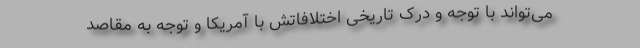
می‌تواند با توجه و درک تاریخی اختلافاتش با آمریکا و توجه به مقاصد